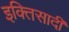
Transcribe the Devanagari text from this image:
इक्तिसादी